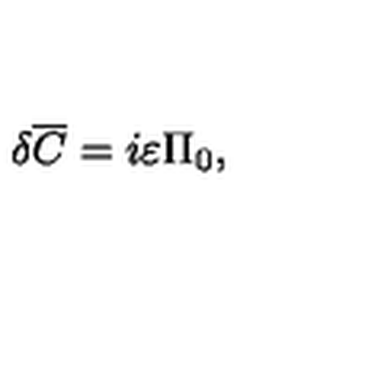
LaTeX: \delta { \overline { C } } = i \varepsilon \Pi _ { 0 } ,